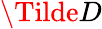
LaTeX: \Tilde{D}